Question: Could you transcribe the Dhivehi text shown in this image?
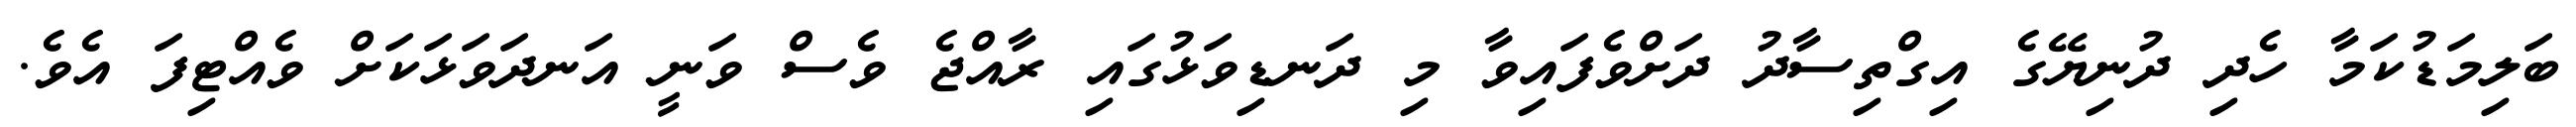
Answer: ބަލިމަޑުކަމާ ހެދި ދުނިޔޭގެ އިގްތިސާދު ދަށްވެފައިވާ މި ދަނޑިވަޅުގައި ރާއްޖެ ވެސް ވަނީ އަނދަވަޅަކަށް ވެއްޓިފަ އެވެ.